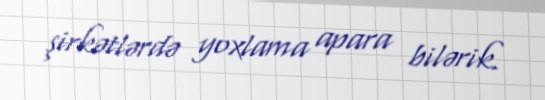
şirkətlərdə yoxlama apara bilərik.